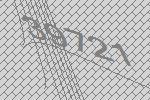
39721